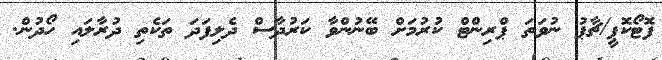
ފޮޓޯކޮޕީ/ޗާޕު ނުވަތަ ޕްރިންޓް ކުރުމަށް ބޭނުންވާ ކަރުދާސް ދެލިފަދަ ތަކެތި ދުރާލައި ހޯދުން.